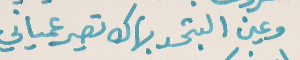
وعين البتحسد بهاك تصير عمياني